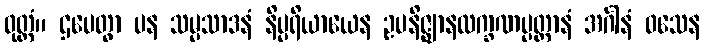
ဝုတ္တံ။ ဌပေတွာ ပန သမ္ပသာဒနံ နိပ္ပရိယာယေန ဥပနိဇ္ဈာနလက္ခဏပ္ပတ္တာနံ အင်္ဂါနံ ဝသေန